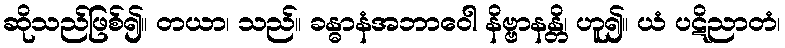
ဆိုသည်ဖြစ်၍။ တယာ၊ သည်။ ခန္ဓာနံအဘာဝေါ နိဗ္ဗာနန္တိ၊ ဟူ၍။ ယံ ပဋိညာတံ၊